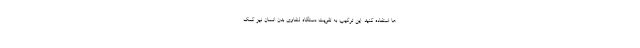
ها استفاده کنید. این ترکیب به تقویت دستگاه لنفاوی بدن انسان نیز کمک